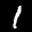
Digit: 1